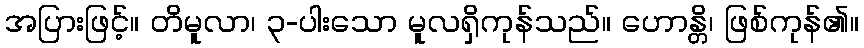
အပြားဖြင့်။ တိမူလာ၊ ၃-ပါးသော မူလရှိကုန်သည်။ ဟောန္တိ၊ ဖြစ်ကုန်၏။